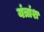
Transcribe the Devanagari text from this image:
यंत्रांश